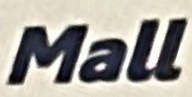
Mall